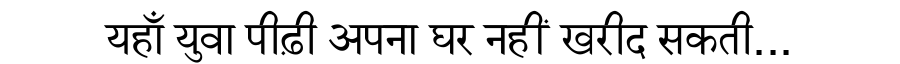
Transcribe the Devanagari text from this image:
यहाँ युवा पीढ़ी अपना घर नहीं खरीद सकती...